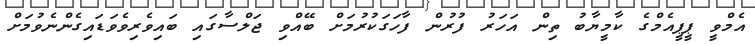
އެމްވީ ޕީޕީއެމްގެ ކާމީޔާބު ތިން އަހަރު ފުރުން ފާހަގަކުރުމަށް ބޭއްވި ޖަލްސާގައި ބައިވެރިވެވަޑައިގެންނެވުމަށް